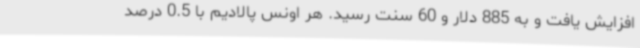
افزایش یافت و به 885 دلار و 60 سنت رسید. هر اونس پالادیم با 0.5 درصد